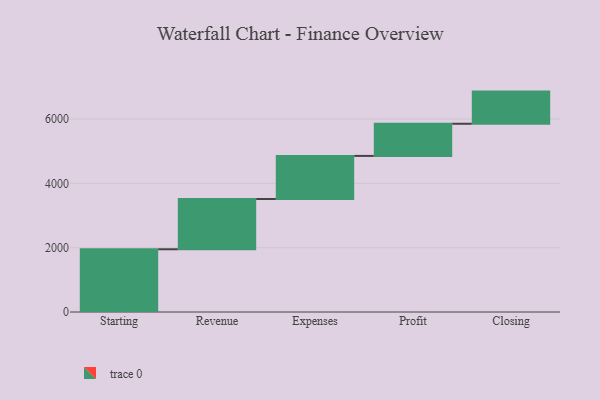
{"axis": {"x": "Step", "y": "Value"}, "legend": [""], "data": [{"x": "Starting", "y": 1951.0, "type": ""}, {"x": "Revenue", "y": 1563.0, "type": ""}, {"x": "Expenses", "y": 1340.0, "type": ""}, {"x": "Profit", "y": 1000, "type": ""}, {"x": "Closing", "y": 1000, "type": ""}]}